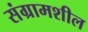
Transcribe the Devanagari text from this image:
संग्रामशील